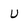
Character: U